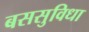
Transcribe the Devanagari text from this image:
बससुविधा